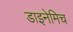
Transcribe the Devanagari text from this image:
डाइनेमिच